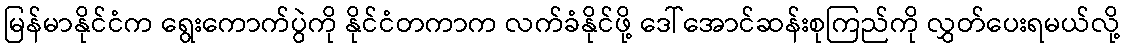
မြန်မာနိုင်ငံက ရွေးကောက်ပွဲကို နိုင်ငံတကာက လက်ခံနိုင်ဖို့ ဒေါ်အောင်ဆန်းစုကြည်ကို လွှတ်ပေးရမယ်လို့